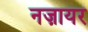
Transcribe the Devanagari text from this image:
नज़ायर